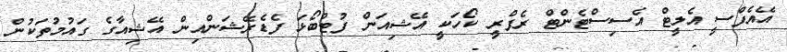
އޭއެފްސީ އެލީޓް އެސިސްޓެންޓް ރެފްރީ ކޯހަކީ އޭޝިއަން ފުޓްބޯޅަ ފެޑެރޭޝަންއިން އޭޝިއާގެ ގައުމުތަކުން